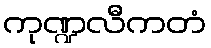
ကုဏ္ဍလီကတံ